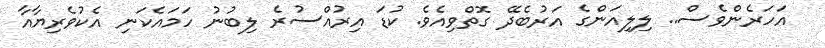
އަހަރެންވެސް.. ލިލިއަންގެ އަރުބެދޭ ގޮތްވިއެވެ. ކުޑަ އިރުއްސުރެ ލިބުނު ހަމައެކަނި އެކުވެރިޔާއާ